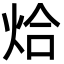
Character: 烚